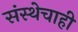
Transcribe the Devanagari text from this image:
संस्थेचाही